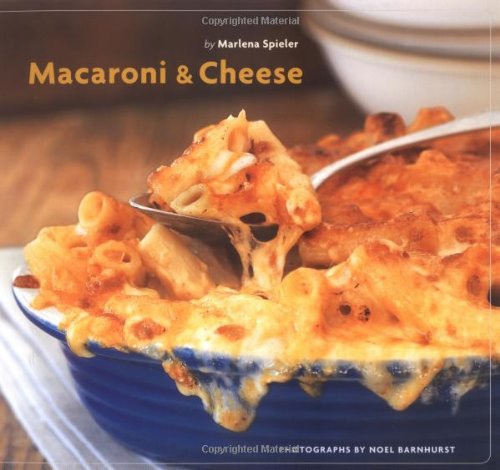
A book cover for Macaroni And Cheese; Marlena Spieler; Cookbooks, Food & Wine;